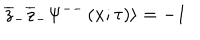
LaTeX: \overline { { { z } } } _ { - } \overline { { { z } } } _ { - } \Psi ^ { -- } \left( x ; \tau \right) \rangle = - 1